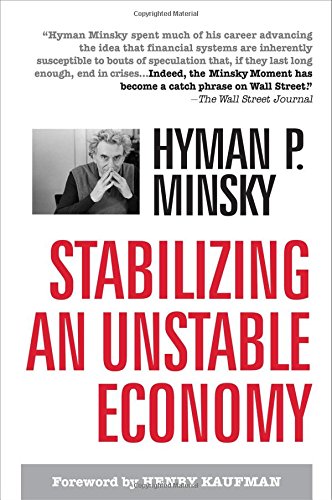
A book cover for Stabilizing an Unstable Economy; Hyman Minsky; Business & Money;